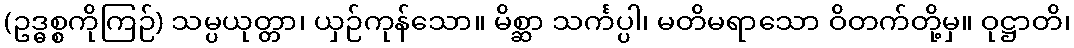
(ဥဒ္ဓစ္စကိုကြဉ်) သမ္ပယုတ္တာ၊ ယှဉ်ကုန်သော။ မိစ္ဆာ သင်္ကပ္ပါ၊ မတိမရာသော ဝိတက်တို့မှ။ ဝုဋ္ဌာတိ၊